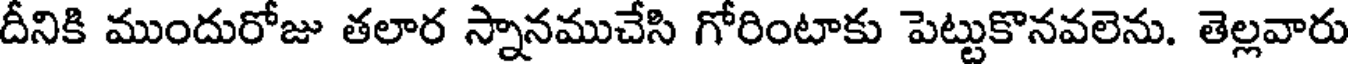
దీనికి ముందురోజు తలార స్నానముచేసి గోరింటాకు పెట్టుకొనవలెను. తెల్లవారు